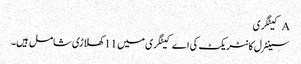
A کیٹگری
سینٹرل کانٹریکٹ کی اے کیٹگری میں 11 کھلاڑی شامل ہیں۔